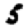
Digit: 5